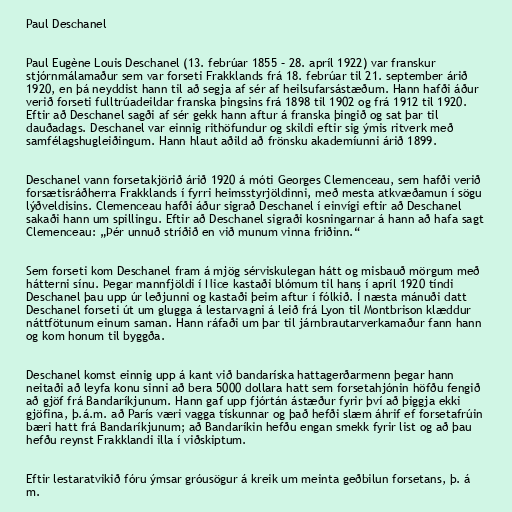
Paul Deschanel

Paul Eugène Louis Deschanel (13. febrúar 1855 – 28. apríl 1922) var franskur
stjórnmálamaður sem var forseti Frakklands frá 18. febrúar til 21. september árið
1920, en þá neyddist hann til að segja af sér af heilsufarsástæðum. Hann hafði áður
verið forseti fulltrúadeildar franska þingsins frá 1898 til 1902 og frá 1912 til 1920.
Eftir að Deschanel sagði af sér gekk hann aftur á franska þingið og sat þar til
dauðadags. Deschanel var einnig rithöfundur og skildi eftir sig ýmis ritverk með
samfélagshugleiðingum. Hann hlaut aðild að frönsku akademíunni árið 1899.

Deschanel vann forsetakjörið árið 1920 á móti Georges Clemenceau, sem hafði verið
forsætisráðherra Frakklands í fyrri heimsstyrjöldinni, með mesta atkvæðamun í sögu
lýðveldisins. Clemenceau hafði áður sigrað Deschanel í einvígi eftir að Deschanel
sakaði hann um spillingu. Eftir að Deschanel sigraði kosningarnar á hann að hafa sagt
Clemenceau: „Þér unnuð stríðið en við munum vinna friðinn.“

Sem forseti kom Deschanel fram á mjög sérviskulegan hátt og misbauð mörgum með
hátterni sínu. Þegar mannfjöldi í Nice kastaði blómum til hans í apríl 1920 tíndi
Deschanel þau upp úr leðjunni og kastaði þeim aftur í fólkið. Í næsta mánuði datt
Deschanel forseti út um glugga á lestarvagni á leið frá Lyon til Montbrison klæddur
náttfötunum einum saman. Hann ráfaði um þar til járnbrautarverkamaður fann hann
og kom honum til byggða.

Deschanel komst einnig upp á kant við bandaríska hattagerðarmenn þegar hann
neitaði að leyfa konu sinni að bera 5000 dollara hatt sem forsetahjónin höfðu fengið
að gjöf frá Bandaríkjunum. Hann gaf upp fjórtán ástæður fyrir því að þiggja ekki
gjöfina, þ.á.m. að París væri vagga tískunnar og það hefði slæm áhrif ef forsetafrúin
bæri hatt frá Bandaríkjunum; að Bandaríkin hefðu engan smekk fyrir list og að þau
hefðu reynst Frakklandi illa í viðskiptum.

Eftir lestaratvikið fóru ýmsar gróusögur á kreik um meinta geðbilun forsetans, þ. á
m.